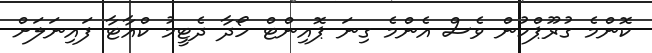
ކޮންމެ ގުރޫޕްކުން ވެސް އެންމެ ގިނަ ޕޮއިންޓް ހޯދާ ދެޓީމު ކްއާޓާ ފައިނަލަށް